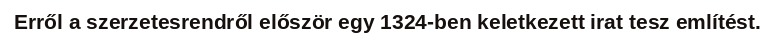
Erről a szerzetesrendről először egy 1324-ben keletkezett irat tesz említést.